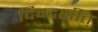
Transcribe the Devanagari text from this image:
दिग्दर्शीत्